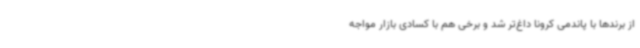
از برندها با پاندمی کرونا داغ‌تر شد و برخی هم با کسادی بازار مواجه